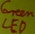
Text: LED